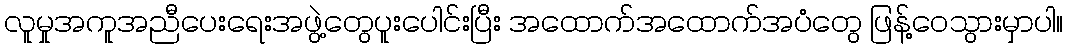
လူမှုအကူအညီပေးရေးအဖွဲ့တွေပူးပေါင်းပြီး အထောက်အထောက်အပံတွေ ဖြန့်ဝေသွားမှာပါ။